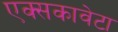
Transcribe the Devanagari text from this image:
एक्सकावेटा